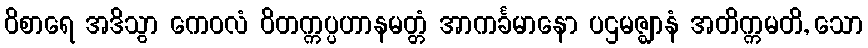
ဝိစာရေ အဒိသွာ ကေဝလံ ဝိတက္ကပ္ပဟာနမတ္တံ အာကင်္ခမာနော ပဌမဇ္ဈာနံ အတိက္ကမတိ, သော